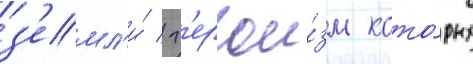
з'емл'и́ / г'ерои́зм кото́рых